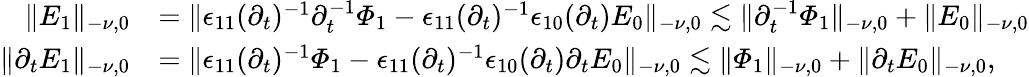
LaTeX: \begin{array}{rl}{\lVert E_{1}\rVert_{-\nu,0}}&{=\lVert\epsilon_{11}(\partial_{t})^{-1}\partial_{t}^{-1}\varPhi_{1}-\epsilon_{11}(\partial_{t})^{-1}\epsilon_{10}(\partial_{t})E_{0}\rVert_{-\nu,0}\lesssim\lVert\partial_{t}^{-1}\varPhi_{1}\rVert_{-\nu,0}+\lVert E_{0}\rVert_{-\nu,0}}\\ {\lVert\partial_{t}E_{1}\rVert_{-\nu,0}}&{=\lVert\epsilon_{11}(\partial_{t})^{-1}\varPhi_{1}-\epsilon_{11}(\partial_{t})^{-1}\epsilon_{10}(\partial_{t})\partial_{t}E_{0}\rVert_{-\nu,0}\lesssim\lVert\varPhi_{1}\rVert_{-\nu,0}+\lVert\partial_{t}E_{0}\rVert_{-\nu,0},}\end{array}